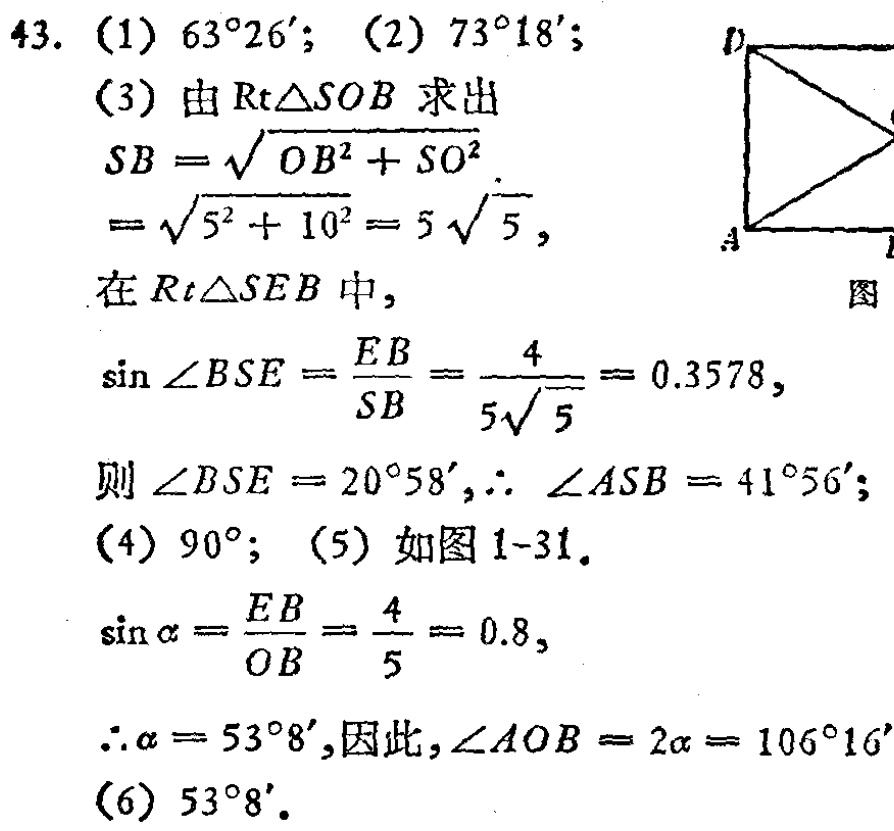
43. (1) \(63^{\circ}26'\); (2) \(73^{\circ}18'\);
(3) 由\(Rt\triangle SOB\)求出
\[
\begin{align*}
SB&=\sqrt{OB^{2}+SO^{2}}\\
&=\sqrt{5^{2}+10^{2}} = 5\sqrt{5},
\end{align*}
\]
在\(Rt\triangle SEB\)中,
\(\sin\angle BSE=\frac{EB}{SB}=\frac{4}{5\sqrt{5}} = 0.3578\),
则\(\angle BSE = 20^{\circ}58'\), \(\therefore\angle ASB = 41^{\circ}56'\);
(4) \(90^{\circ}\); (5) 如图1 - 31.
\(\sin\alpha=\frac{EB}{OB}=\frac{4}{5}=0.8\),
\(\therefore\alpha = 53^{\circ}8'\), 因此, \(\angle AOB = 2\alpha=106^{\circ}16'\)
(6) \(53^{\circ}8'\).